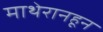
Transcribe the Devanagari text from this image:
माथेरानहून